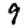
Digit: 9